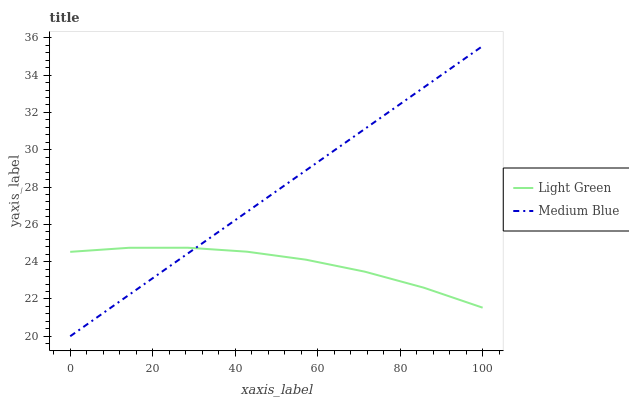
| xaxis_label | Light Green | Medium Blue |
 | --- | --- | --- |
 | 0 | 24.5 | 20 |
 | 14.3 | 24.7 | 22.2 |
 | 28.6 | 24.7 | 24.4 |
 | 42.9 | 24.5 | 26.7 |
 | 57.1 | 24.1 | 28.9 |
 | 71.4 | 23.5 | 31.1 |
 | 85.7 | 22.6 | 33.3 |
 | 100 | 21.5 | 35.6 |